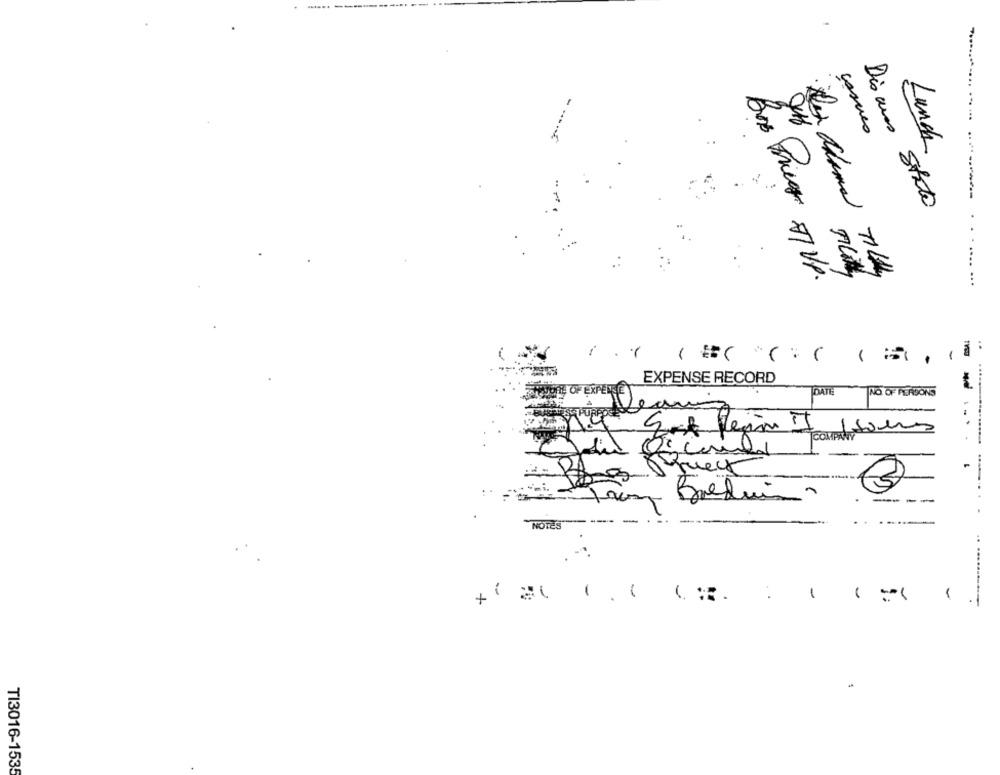
Lunch
Dia mas Stato
.... .
Box Freq IVP.
:
-
EXPENSE RECORD
TOATE
NO OF PERSONS
1
queck
Breduis
-----
...
X
-
-
-
TI3016-1535